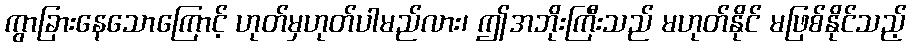
ကွာခြားနေသောကြောင့် ဟုတ်မှဟုတ်ပါမည်လား၊ ဤအဘိုးကြီးသည် မဟုတ်နိုင် မဖြစ်နိုင်သည့်